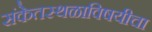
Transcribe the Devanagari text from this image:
संकेतस्थळाविषयीचा